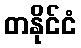
တနိုင်ငံ